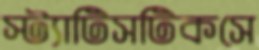
স্ট্যাটিসটিকসে